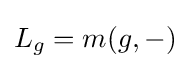
L_{g}=m(g,-)